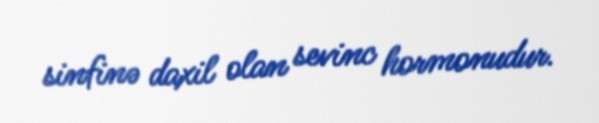
sinfinə daxil olan sevinc hormonudur.